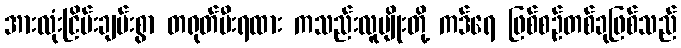
အားလုံးငြိမ်းချမ်းစွာ တရုတ်မီးရထား ကသည်းလူမျိုးတို့ ကဒ်ရေ ဖြစ်စဉ်တစ်ခုဖြစ်သည်